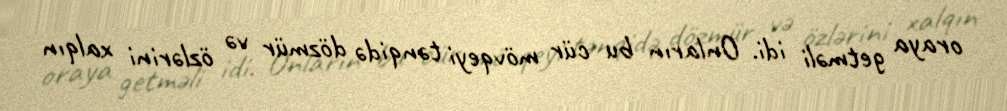
oraya getməli idi. Onların bu cür mövqeyi tənqidə dözmür və özlərini xalqın